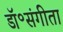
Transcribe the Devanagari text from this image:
डॉ॰संगीता